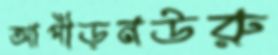
আপীড়নউরু